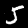
Digit: 5